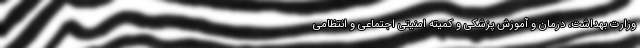
وزارت بهداشت، درمان و آموزش پزشکی و کمیته امنیتی اجتماعی و انتظامی